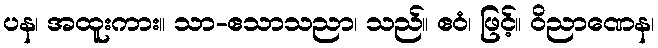
ပန၊ အထူးကား။ သာ-ဧသာသညာ၊ သည်။ ဧဝံ၊ ဖြင့်။ ဝိညာဏေန၊